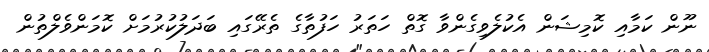
ނޫން ކަމާއި ކޮމިޝަން އެކުލެވިގެންވާ ގޮތް ހަތަރު ހަފުތާގެ ތެރޭގައި ބަދަލުކުރުމަށް ކޮމަންވެލްތުން